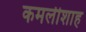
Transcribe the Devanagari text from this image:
कमलीशाह